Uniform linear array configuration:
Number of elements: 48
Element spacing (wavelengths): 0.25
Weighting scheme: cosine
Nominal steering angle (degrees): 60
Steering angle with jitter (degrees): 59.429
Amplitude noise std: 0.05
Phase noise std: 0.05

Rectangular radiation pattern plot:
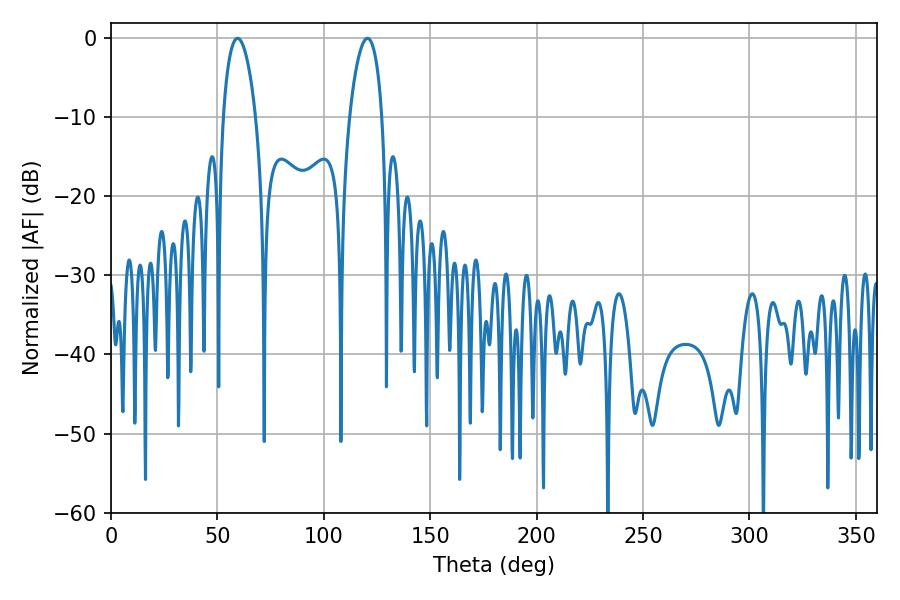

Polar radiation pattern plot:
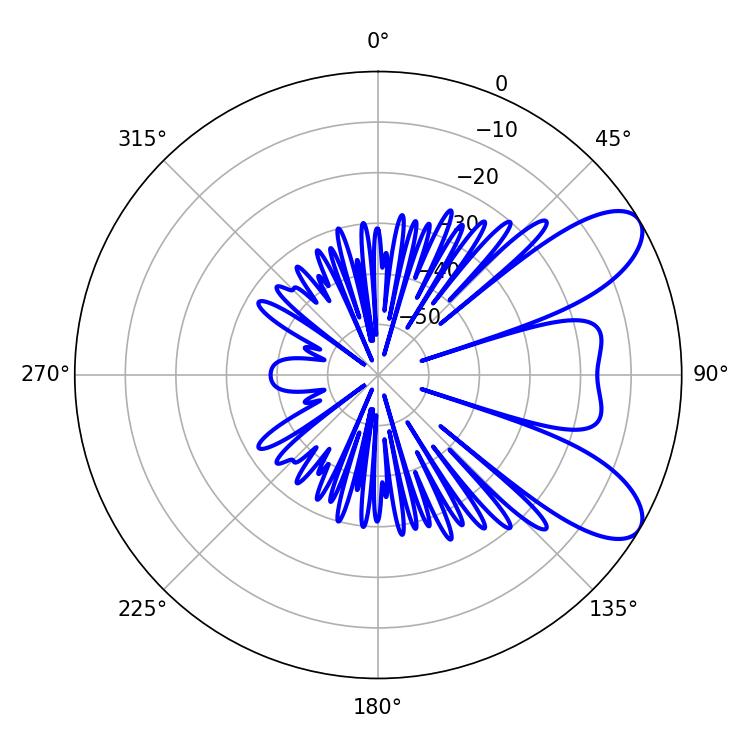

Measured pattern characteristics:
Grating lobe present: FALSE
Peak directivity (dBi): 8.363
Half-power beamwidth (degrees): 8.64
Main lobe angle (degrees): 59.4